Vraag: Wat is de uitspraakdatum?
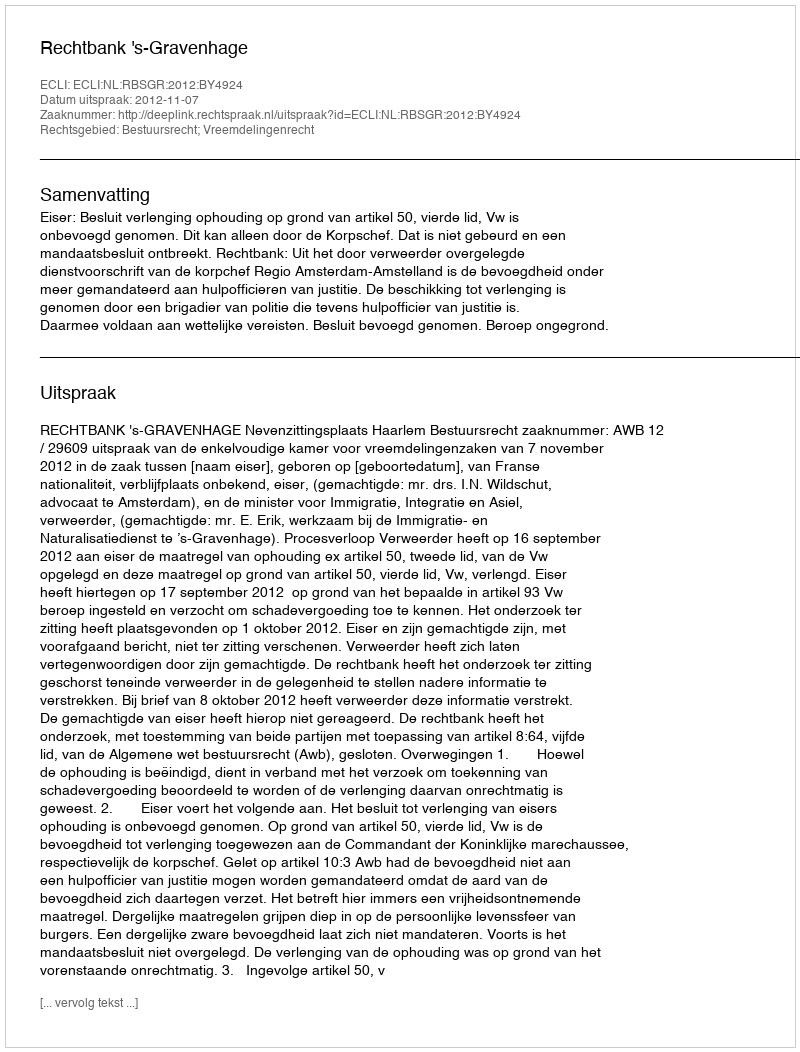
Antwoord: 2012-11-07